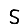
Digit: 5